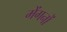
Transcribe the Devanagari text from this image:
मेंगनों